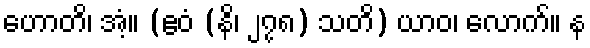
ဟောတိ၊ အံ့။ (ဧဝံ (နိ၊ ၂၇၈) သတိ) ယာဝ၊ လောက်။ န